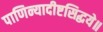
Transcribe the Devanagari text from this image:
पाणिन्यादीष्टसिद्धये॥